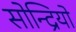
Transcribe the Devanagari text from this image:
सोन्द्रियो